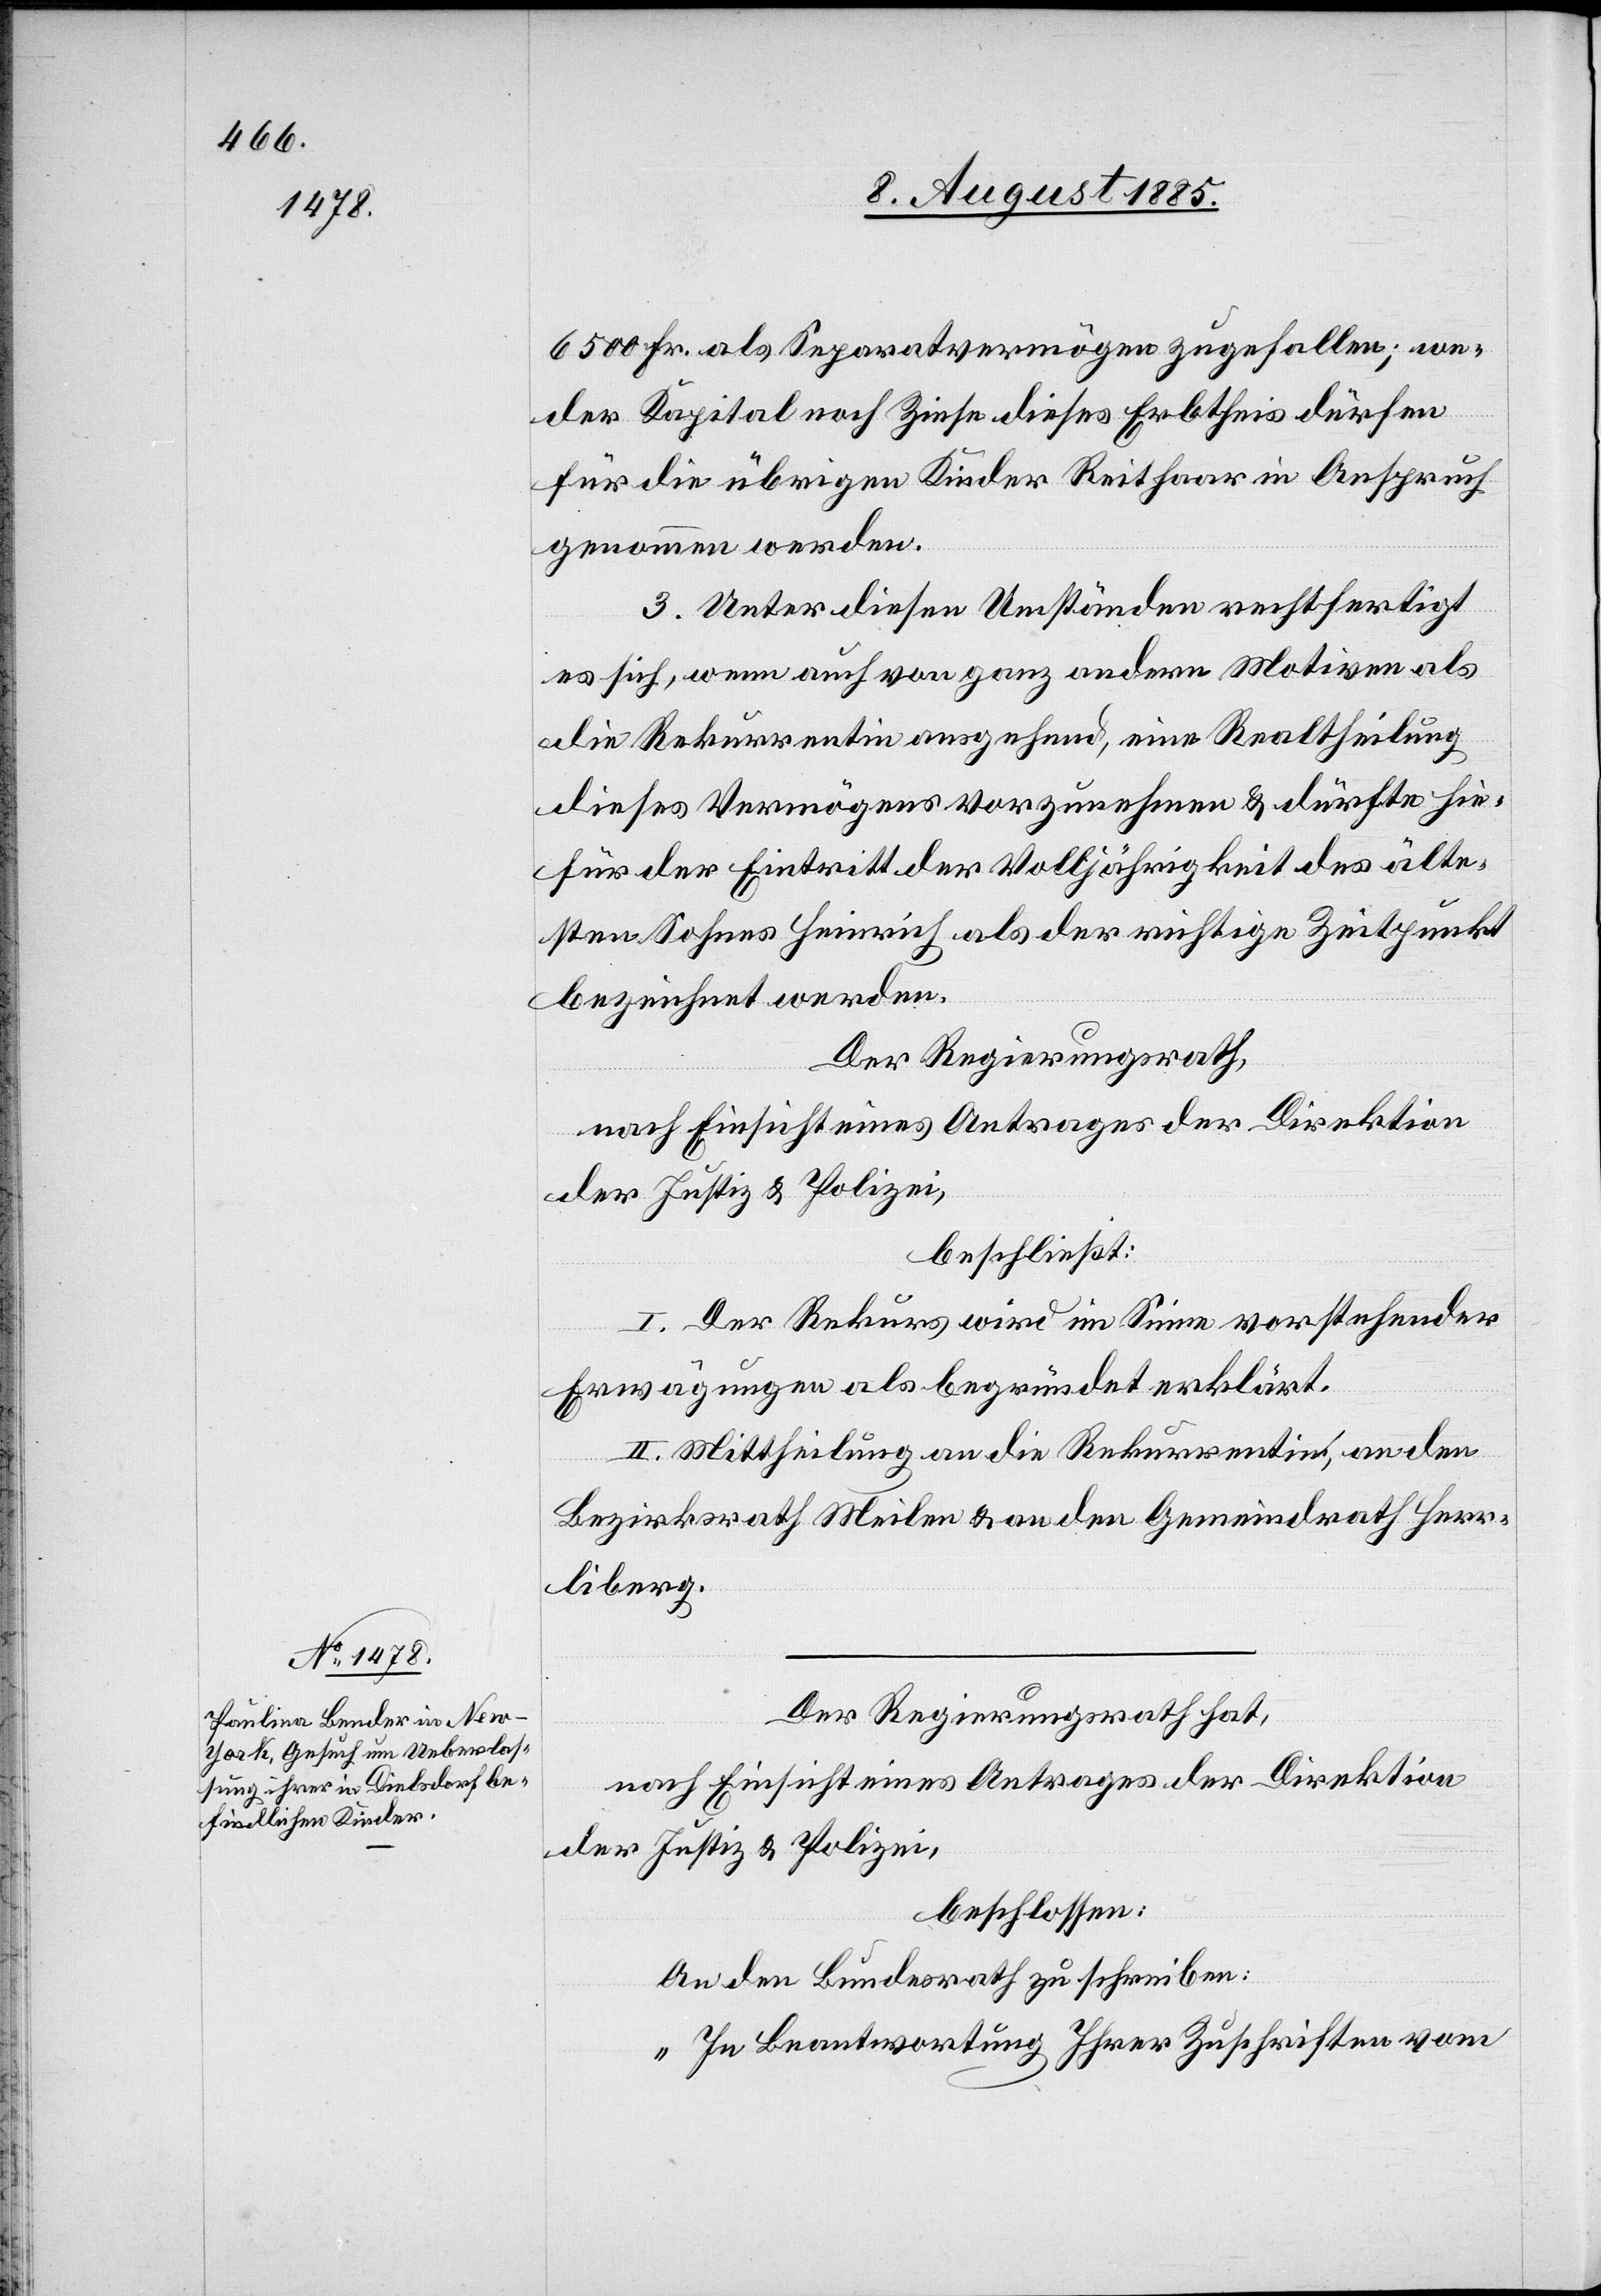
6500 Fr. als Separatvermögen zugefallen; we¬
der Kapital noch Zinse dieses Erbthei[l]s dürfen
für die übrigen Kinder Reithaar in Anspruch
genommen werden.
3. Unter diesen Umständen rechtfertigt
es sich , wenn auch von ganz andern Motiven als
die Rekurrentin ausgehend, eine Realtheilung
dieses Vermögens vorzunehmen & dürfte hie¬
für der Eintritt der Volljährigkeit des älte¬
sten Sohnes Heinrich als der richtige Zeitpunkt
bezeichnet werden.
Der Regierungsrath,
nach Einsicht eines Antrages der Direktion
der Justiz & Polizei,
beschließt:
I. Der Rekurs wird im Sinne vorstehender
Erwägungen als begründet erklärt.
II. Mittheilung an die Rekurrentin, an den
Bezirksrath Meilen & an den Gemeindrath Herr¬
liberg.
Der Regierungsrath hat,
nach Einsicht eines Antrages der Direktion
der Justiz & Polizei,
beschlossen:
An den Bundesrath zu schreiben:
„In Beantwortung Ihrer Zuschriften vom